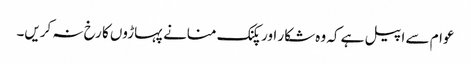
عوام سے اپیل ہے کہ وہ شکار اور پکنک منانے پہاڑوں کا رخ نہ کریں۔